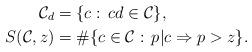
LaTeX: \begin{align*}\mathcal{C}_d&=\{c:\,c d\in\mathcal{C}\},\\S(\mathcal{C},z)&=\#\{c\in\mathcal{C}:\,p|c\Rightarrow p>z\}.\end{align*}